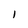
Character: I